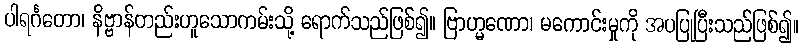
ပါရင်္ဂတော၊ နိဗ္ဗာန်တည်းဟူသောကမ်းသို့ ရောက်သည်ဖြစ်၍။ ဗြာဟ္မဏော၊ မကောင်းမှုကို အပပြုပြီးသည်ဖြစ်၍။